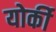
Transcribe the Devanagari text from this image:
योर्की